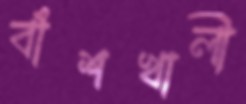
বাঁশখালী